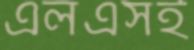
এলএসই